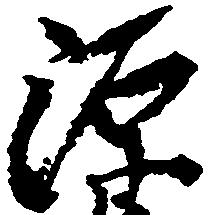
源